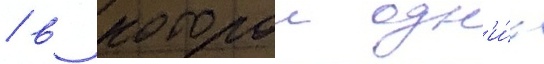
/ в которои одн'и́х